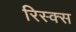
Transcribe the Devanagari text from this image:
रिस्क्स